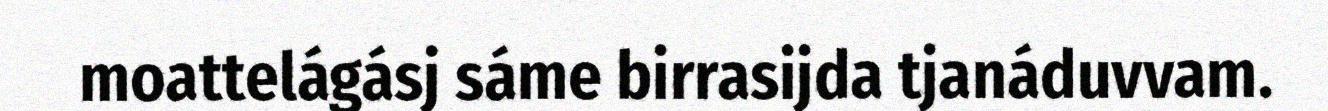
moattelágásj sáme birrasijda tjanáduvvam.